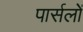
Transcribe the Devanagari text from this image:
पार्सलों